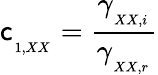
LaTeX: \mathsf{c}_{_{_{1,XX}}}=\frac{{\gamma_{_{_{XX,i}}}}}{{\gamma_{_{_{XX,r}}}}}